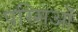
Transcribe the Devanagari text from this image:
पस्सिओं